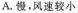
A.慢，风速较小